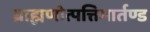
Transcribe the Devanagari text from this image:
ब्राह्मणोत्पत्तिमार्तण्ड